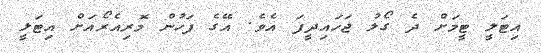
އިޓަލީ ޓީމަށް ދެ ގޯލު ޖަހައިދީފަ އެވެ. އޭގެ ފަހުން މޮރިއެރޯއަށް އިޓަލީ